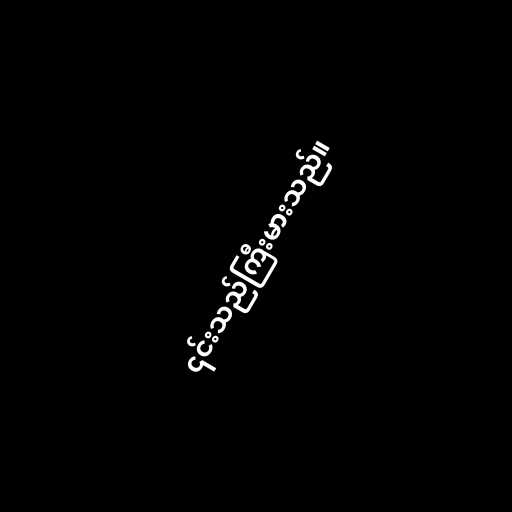
၎င်းသည်ကြီးမားသည်။